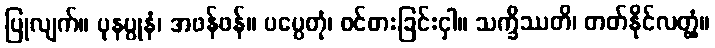
ပြုလျက်။ ပုနပ္ပုနံ၊ အဖန်ဖန်။ ပပ္ပေတုံ၊ ဝင်စားခြင်းငှါ။ သက္ခိဿတိ၊ တတ်နိုင်လတ္တံ့။